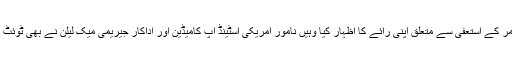
یہاں تک کہ اسد عمر کا نام ٹوئٹرپربھی ٹاپ ٹرینڈ میں رہا، ٹوئٹر پر جہاں لوگوں نے اسد عمر کے استعفی سے متعلق اپنی رائے کا اظہار کیا وہیں نامور امریکی اسٹینڈ اپ کامیڈین اور اداکار جیریمی میک لیلن نے بھی ٹوئٹ کرتے ہوئے کہا پاکستان کی وزارت خزانہ کا قلمدان سنبھالنے کی خواہش کا اظہار کیا ہے۔